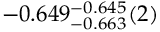
- 0 . 6 4 9 _ { - 0 . 6 6 3 } ^ { - 0 . 6 4 5 } ( 2 )